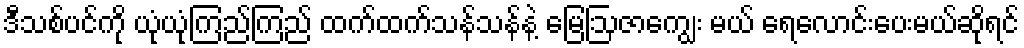
ဒီသစ်ပင်ကို ယုံယုံကြည်ကြည် ထက်ထက်သန်သန်နဲ့ မြေဩဇာကျွေး မယ် ရေလောင်းပေးမယ်ဆိုရင်